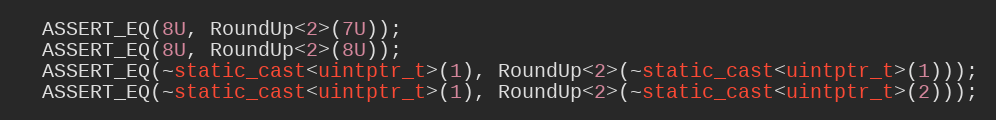
Language: C++
  ASSERT_EQ(8U, RoundUp<2>(7U));
  ASSERT_EQ(8U, RoundUp<2>(8U));
  ASSERT_EQ(~static_cast<uintptr_t>(1), RoundUp<2>(~static_cast<uintptr_t>(1)));
  ASSERT_EQ(~static_cast<uintptr_t>(1), RoundUp<2>(~static_cast<uintptr_t>(2)));